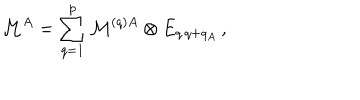
{ \cal M } ^ { A } = \sum _ { q = 1 } ^ { p } { \cal M } ^ { ( q ) A } \otimes E _ { q \, q + q _ { A } } \, ,